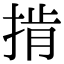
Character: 掯